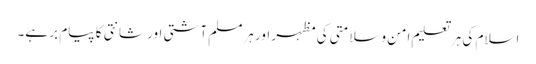
اسلام کی ہر تعلیم امن وسلامتی کی مظہر اور ہرمسلم آشتی اور شانتی کا پیام بر ہے۔